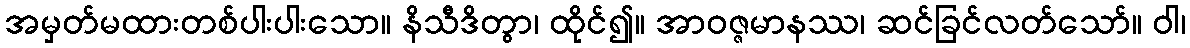
အမှတ်မထားတစ်ပါးပါးသော။ နိသီဒိတွာ၊ ထိုင်၍။ အာဝဇ္ဇမာနဿ၊ ဆင်ခြင်လတ်သော်။ ဝါ၊